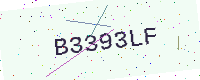
Text: B3393LF